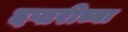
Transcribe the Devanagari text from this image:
दप्तरीच्या